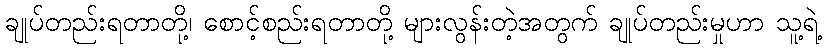
ချုပ်တည်းရတာတို့၊ စောင့်စည်းရတာတို့ များလွန်းတဲ့အတွက် ချုပ်တည်းမှုဟာ သူ့ရဲ့